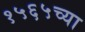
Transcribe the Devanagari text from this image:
१५६५च्या